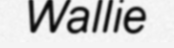
Wallie